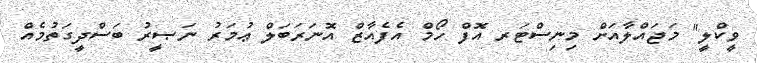
ވީކްލީ" މަޖައްލާއަށް މިނިސްޓަރ އޮފް ހޯމް އެފެއާޒް އޮނަރަބަލް ޢުމަރު ނަޞީރު ބަސްދީގަތުމެއް